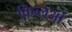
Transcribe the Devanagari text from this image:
क़िब्लओं